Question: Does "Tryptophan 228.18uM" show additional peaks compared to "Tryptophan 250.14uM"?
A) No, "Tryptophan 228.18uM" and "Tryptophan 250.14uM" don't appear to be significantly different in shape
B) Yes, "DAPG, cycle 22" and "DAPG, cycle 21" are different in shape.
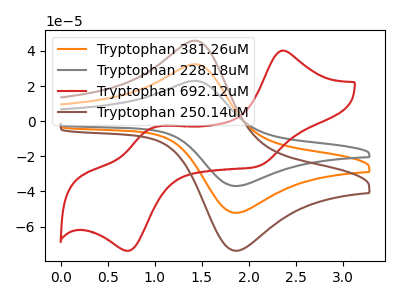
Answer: <think>The orange curve "Tryptophan 381.26uM" has an anodic peak at (1.40V, 32.45uA) and a cathodic peak at (1.90V, -52.10uA). The gray curve "Tryptophan 228.18uM" has an anodic peak at (1.40V, 64.90uA) and a cathodic peak at (1.90V, -104.20uA). The red curve "Tryptophan 692.12uM" has anodic peaks at (2.35V, 40.20uA) (0.95V, -4.20uA) and cathodic peaks at (2.10V, -25.70uA) (0.70V, -73.75uA). The brown curve "Tryptophan 250.14uM" has an anodic peak at (1.40V, 45.85uA) and a cathodic peak at (1.90V, -73.65uA).
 All the peaks in "Tryptophan 228.18uM" have a peak in "Tryptophan 250.14uM" at the same potential. Every peak in "Tryptophan 228.18uM" is higher than every peak in "Tryptophan 250.14uM".</think>
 <answer>A) No, "Tryptophan 228.18uM" and "Tryptophan 250.14uM" don't appear to be significantly different in shape</answer>
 <eval>A</eval>